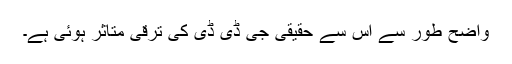
واضح طور سے اس سے حقیقی جی ڈی ڈی کی ترقی متاثر ہوئی ہے۔